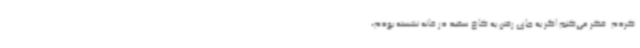
‌کردم. فکر می‌کنم اگر به جای رفتن به کاخ سفید در خانه نشسته بودم،